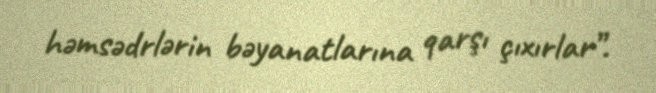
həmsədrlərin bəyanatlarına qarşı çıxırlar”.